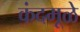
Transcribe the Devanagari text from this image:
कंदमूळे